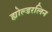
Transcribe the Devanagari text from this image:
ह्योल्डरलिन